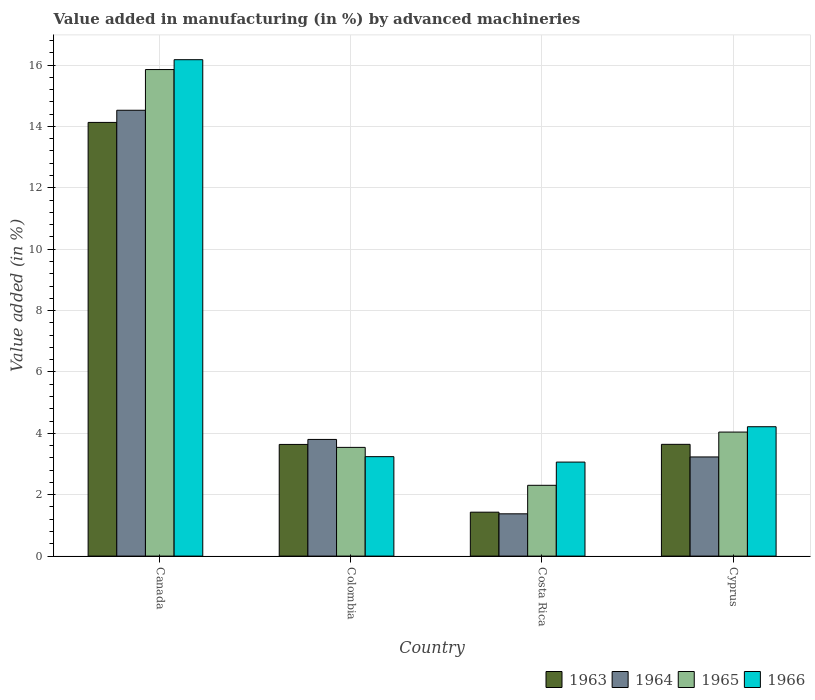
| Country | 1963 | 1964 | 1965 | 1966 |
 | --- | --- | --- | --- | --- |
 | Canada | 14.1 | 14.5 | 15.9 | 16.2 |
 | Colombia | 3.64 | 3.8 | 3.54 | 3.24 |
 | Costa Rica | 1.43 | 1.38 | 2.31 | 3.06 |
 | Cyprus | 3.64 | 3.23 | 4.04 | 4.22 |